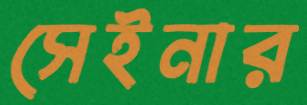
সেইনার